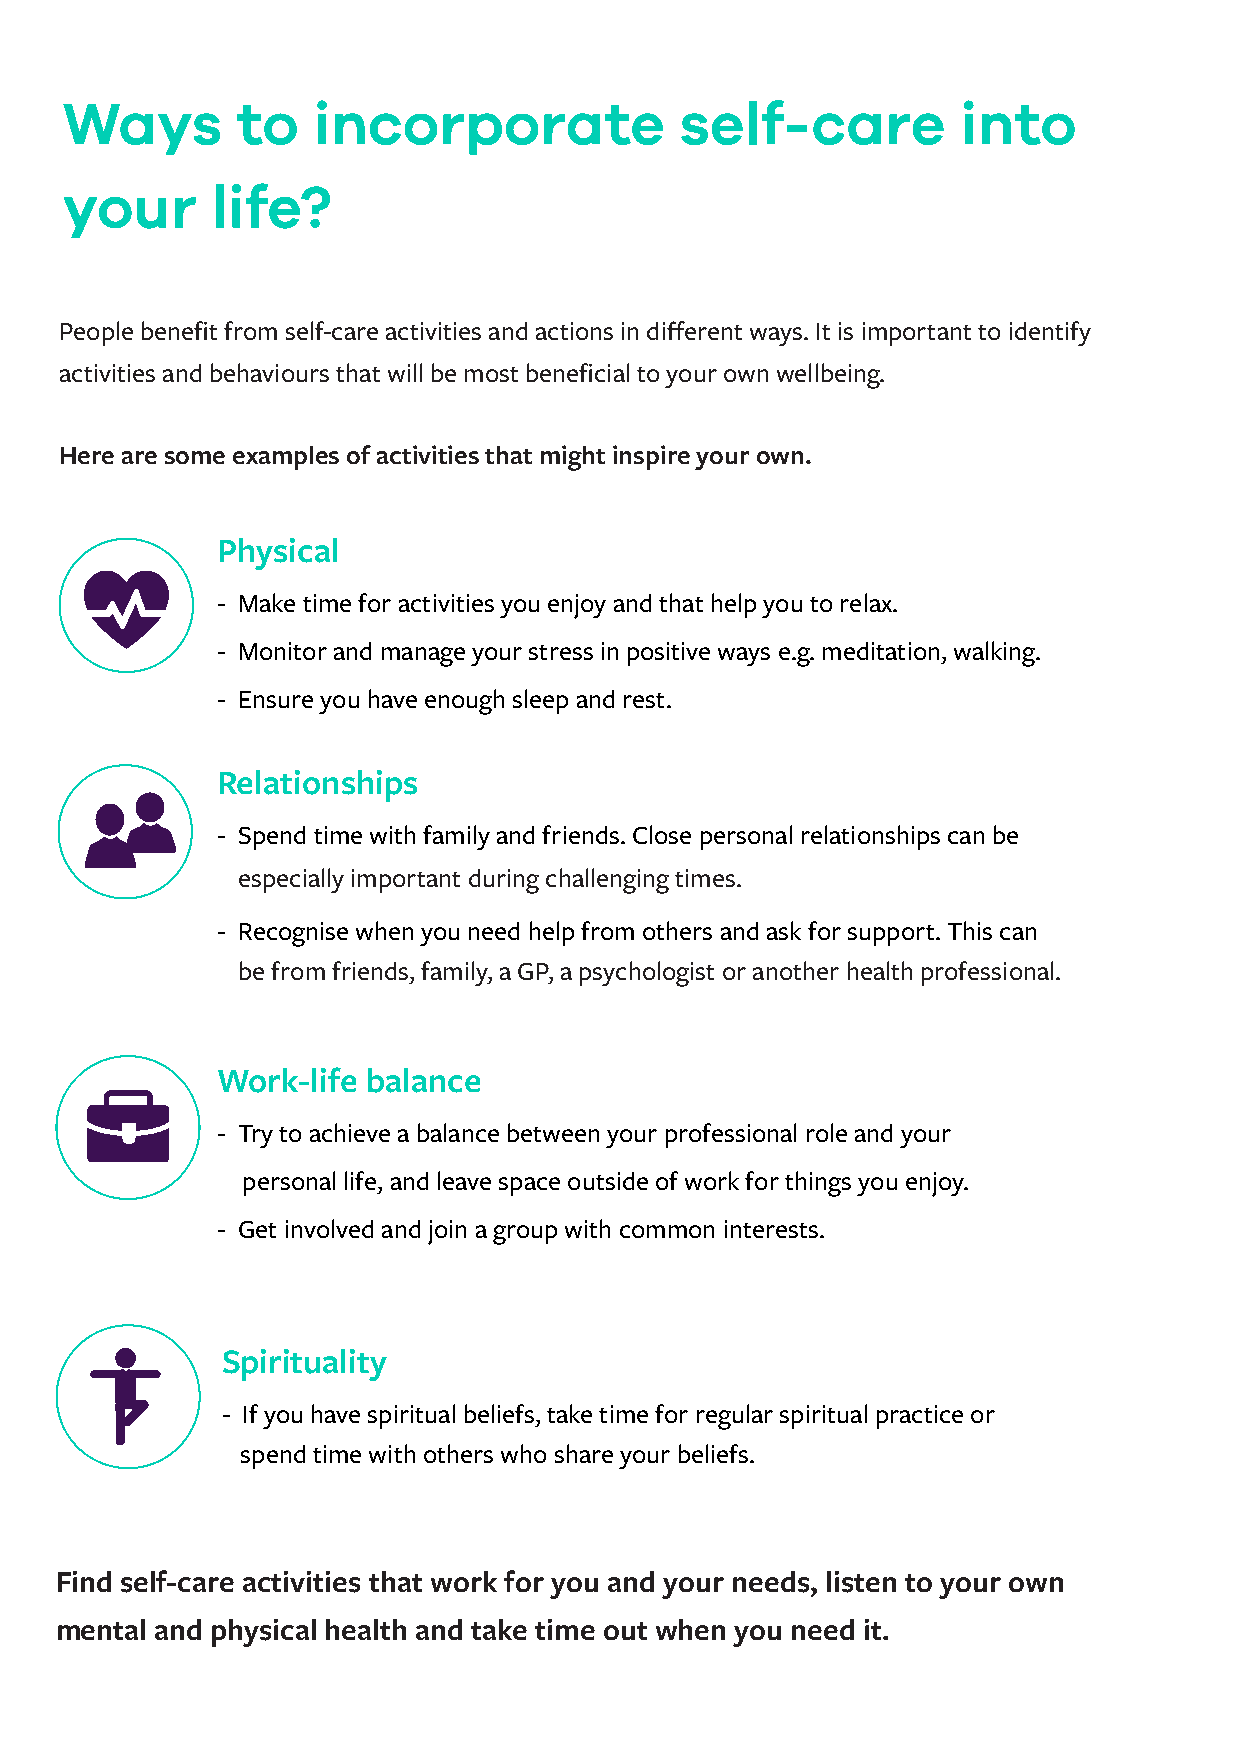
Ways        to   incorporate             self-care          into
 your      life?
 People benefit from self-care activities and actions in different ways. It is important to identify
 activities and behaviours that will be most beneficial to your own wellbeing.
 Here are some examples of activities that might inspire your own.
 Physical
 - Make time for activities you enjoy and that help you to relax.
 - Monitor and manage your stress in positive ways e.g. meditation, walking.
 - Ensure you have enough sleep and rest.
 Relationships
 - Spend time with family and friends. Close personal relationships can be
 especially important during challenging times.
 - Recognise when you need help from others and ask for support. This can
 be from friends, family, a GP, a psychologist or another health professional.
 Work-life balance
 - Try to achieve a balance between your professional role and your
 personal life, and leave space outside of work for things you enjoy.
 - Get involved and join a group with common interests.
 Spirituality
 - If you have spiritual beliefs, take time for regular spiritual practice or
 spend time with others who share your beliefs.
 Find self-care activities that work for you and your needs, listen to your own
 mental and physical health and take time out when you need it.